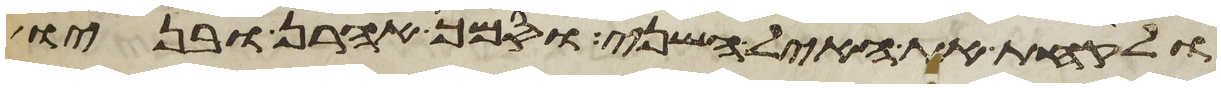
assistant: ולקחת את האיל השני וסמך אהרן ובניו